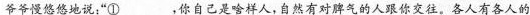
爷爷慢悠悠地说：”①___，你自己是啥样人，自然有对脾气的人跟你交往。各人有各人的